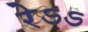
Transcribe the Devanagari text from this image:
रेऽऽ